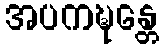
အပကဍ္ဎန္တေ